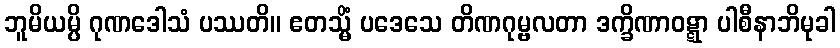
ဘူမိယမ္ပိ ဂုဏဒေါသံ ပဿတိ။ ဧတသ္မိံ ပဒေသေ တိဏဂုမ္ဗလတာ ဒက္ခိဏာဝဋ္ဋာ ပါစီနာဘိမုခါ